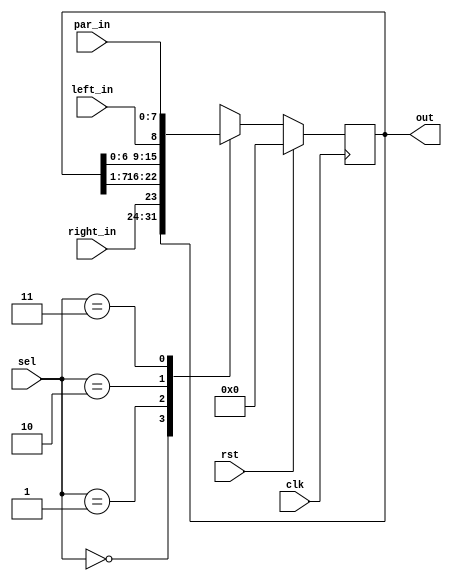
`timescale 1ns / 1ps


module usr_1(clk,rst,right_in,left_in,par_in,sel,out);
input clk,rst,right_in,left_in;
input [7:0]par_in;
input[1:0]sel;
output reg [7:0]out;

always @(posedge clk) begin
if (rst)
out <= 0;
else begin
case(sel)
0: out <= out; //No change
1: out <= {right_in, out[7:1]}; //Right shift
2: out <= {out[6:0], left_in}; //Left shift
3: out <= par_in; //Parallel load
endcase
end
end
endmodule